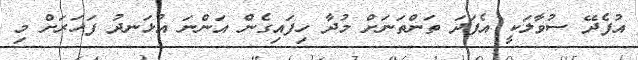
އުފެދޭ ސުވާލަކީ އެފަދަ ތަންތަނަށް މުދާ ހިފައިގެން އަންނަ އުޅަނދު ފަހަރަށް މި